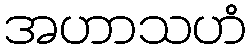
အဟာသဟံ